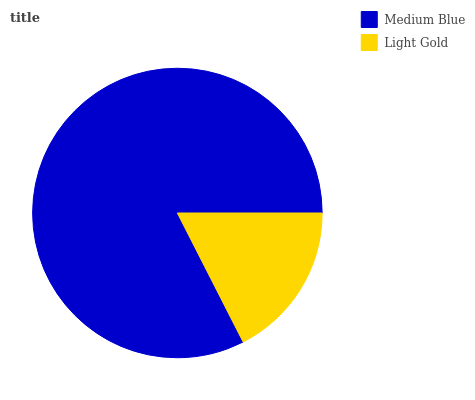
| Medium Blue | Light Gold |
 | --- | --- |
 | 82.5% | 17.5% |